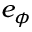
e _ { \phi }